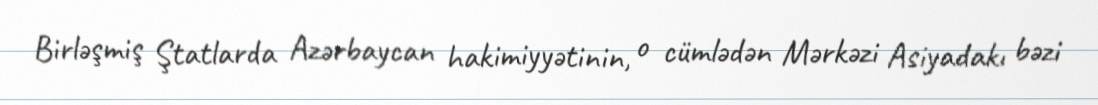
Birləşmiş Ştatlarda Azərbaycan hakimiyyətinin, o cümlədən Mərkəzi Asiyadakı bəzi